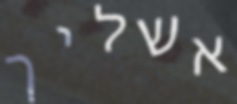
אשליך